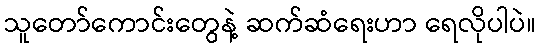
သူတော်ကောင်းတွေနဲ့ ဆက်ဆံရေးဟာ ရေလိုပါပဲ။